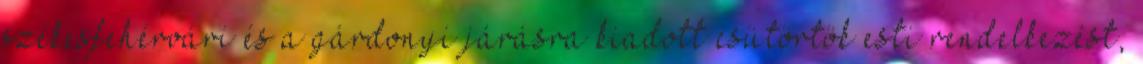
székesfehérvári és a gárdonyi járásra kiadott csütörtök esti rendelkezést,